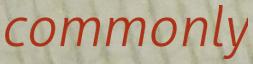
commonly